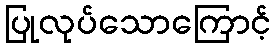
ပြုလုပ်သောကြောင့်